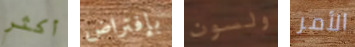
أكثر بإفتراض ولسون الأمر